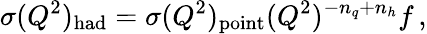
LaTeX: \sigma(Q^{2})_{\mathrm{had}}=\sigma(Q^{2})_{\mathrm{point}}(Q^{2})^{-n_{q}+n_{h}}f\, ,